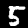
Digit: 5